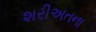
શરીઅતના